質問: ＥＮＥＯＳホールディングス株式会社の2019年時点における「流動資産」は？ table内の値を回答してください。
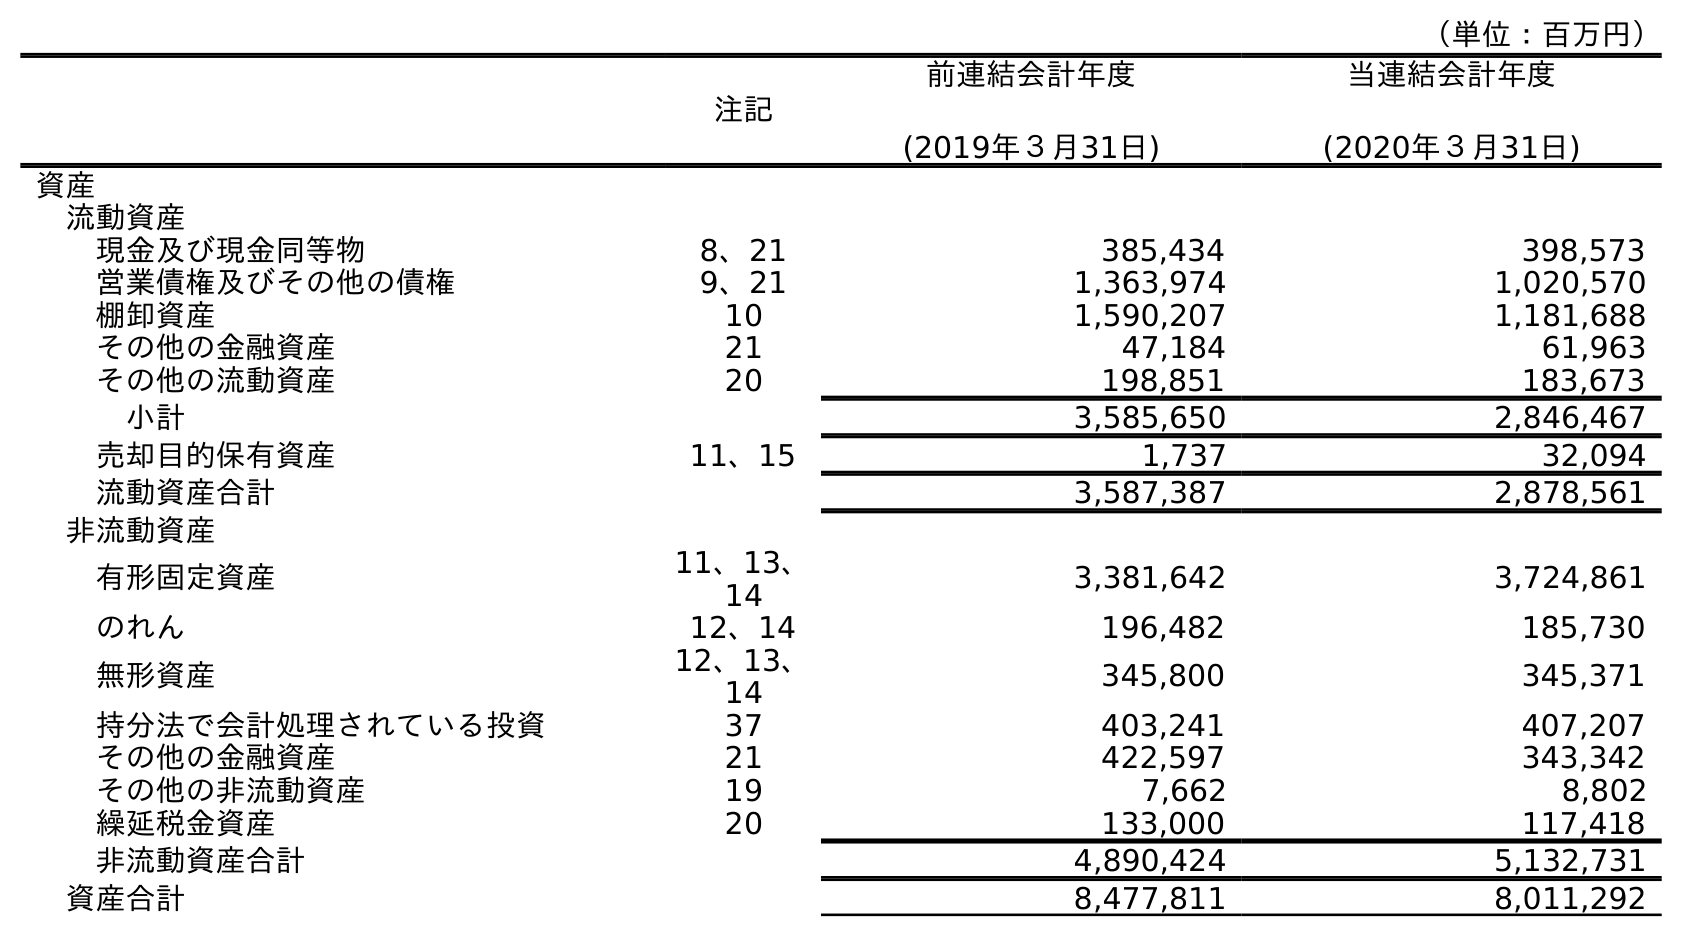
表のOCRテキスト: （単位：百万円） 注記 前連結会計年度 (2019年３月31日) 当連結会計年度 (2020年３月31日) 資産 流動資産 現金及び現金同等物 8、21 385,434 398,573 営業債権及びその他の債権 9、21 1,363,974 1,020,570 棚卸資産 10 1,590,207 1,181,688 その他の金融資産 21 47,184 61,963 その他の流動資産 20 198,851 183,673 小計 3,585,650 2,846,467 売却目的保有資産 11、15 1,737 32,094 流動資産合計 3,587,387 2,878,561 非流動資産 有形固定資産 11、13、 14 3,381,642 3,724,861 のれん 12、14 196,482 185,730 無形資産 12、13、 14 345,800 345,371 持分法で会計処理されている投資 37 403,241 407,207 その他の金融資産 21 422,597 343,342 その他の非流動資産 19 7,662 8,802 繰延税金資産 20 133,000 117,418 非流動資産合計 4,890,424 5,132,731 資産合計 8,477,811 8,011,292
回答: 3,587,387